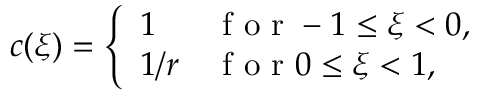
c ( \xi ) = \left\{ \begin{array} { l l } { 1 } & { \mathrm { ~ f ~ o ~ r ~ } - 1 \leq \xi < 0 , } \\ { 1 / r } & { \mathrm { ~ f ~ o ~ r ~ } 0 \leq \xi < 1 , } \end{array} \right.